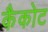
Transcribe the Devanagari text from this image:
कैकोट